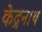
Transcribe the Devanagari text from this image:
केद्रनाथ